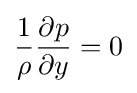
{1 \over \rho }{\partial p \over \partial y}=0